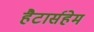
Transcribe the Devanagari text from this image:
हैटार्सहेम